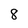
Character: 8